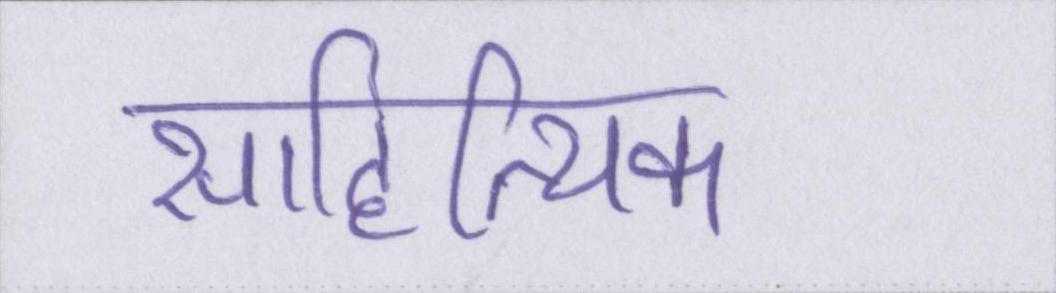
साहित्यिक